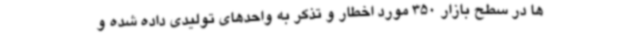
ها در سطح بازار 350 مورد اخطار و تذکر به واحدهای تولیدی داده شده و